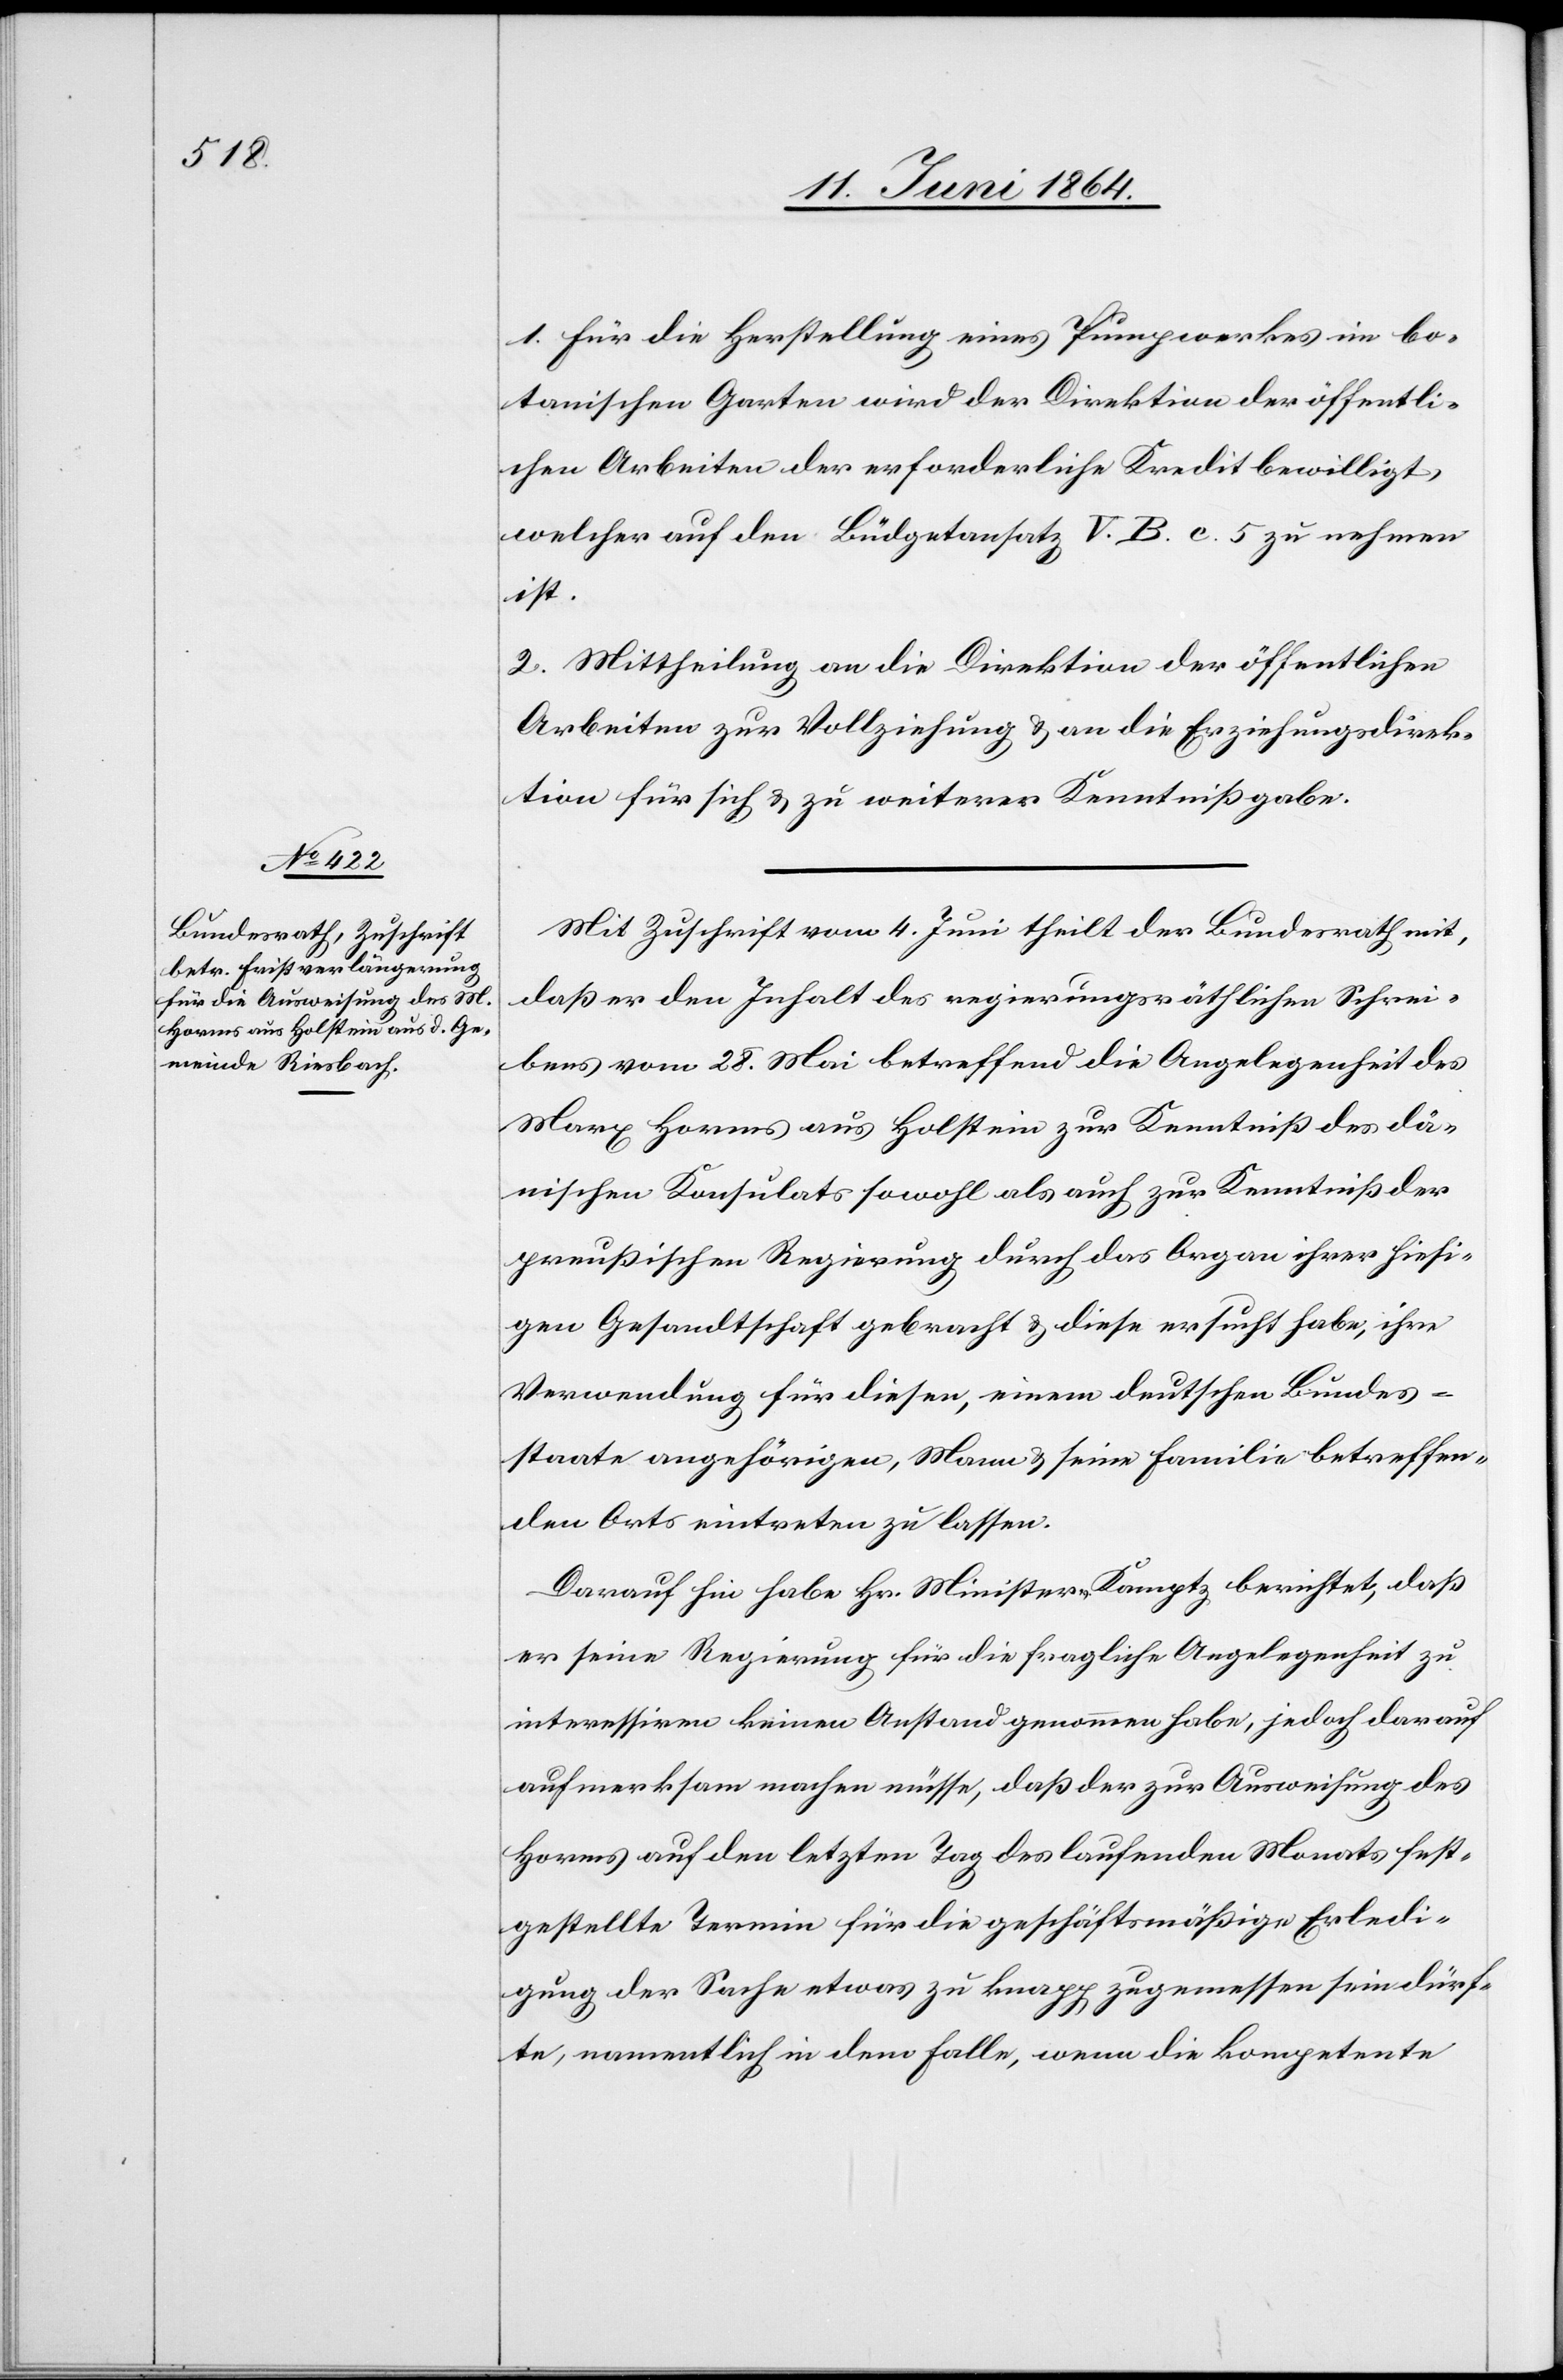
1. Für die Herstellung eines Pumpwerkes im bo¬
tanischen Garten wird der Direktion der öffentli¬
chen Arbeiten der erforderliche Kredit bewilligt,
welcher auf den Büdgetansatz V. B. c. 5 zu nehmen
ist.
2. Mittheilung an die Direktion der öffentlichen
Arbeiten zur Vollziehung u. an die Erziehungsdirek¬
tion für sich u. zu weiterer Kenntnißgabe.
Mit Zuschrift vom 4. Juni theilt der Bundesrath mit,
daß er den Inhalt des regierungsräthlichen Schrei¬
bens vom 28. Mai betreffend die Angelegenheit des
Marx Horms aus Holstein zur Kenntniß des dä¬
nischen Konsulats sowohl als auch zur Kenntniß der
preußischen Regierung durch das Organ ihrer hiesi¬
gen Gesandtschaft gebracht u. diese ersucht habe, ihre
Verwendung für diesen, einem deutschen Bundes¬
staate angehörigen, Mann u. seine Familie betreffen¬
den Orts eintreten zu lassen.
Darauf hin habe Hr. Minister Kamptz berichtet, daß
er seine Regierung für die fragliche Angelegenheit zu
interessiren keinen Anstand genommen habe, jedoch darauf
aufmerksam machen müsse, daß der zur Ausweisung des
Horms auf den letzten Tag des laufenden Monats fest¬
gestellte Termin für die geschäftsmäßige Erledi¬
gung der Sache etwas zu knapp zugemessen sein dürf¬
te, namentlich in dem Falle, wenn die kompetente